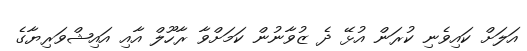
އަލަށް ކައިވެނި ކުރަން އުޅޭ ދެ ޒުވާނުން ކަމަށްވާ ރާހޫލް އާއި އައިޝްވަރިޔާގެ